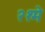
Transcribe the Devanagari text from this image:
२१मे